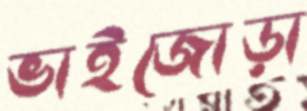
ভাইজোড়া